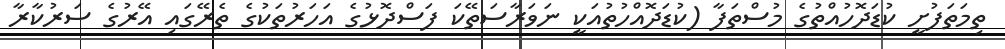
ތިމަތަފުށީ ކުޑަދޮހުއްތުގެ މުސްތަފާ (ކުޑަދޮއްހުތުއަކީ ނަވަރާސަތޭކަ ފަސްދޮޅުގެ އަހަރުތަކުގެ ތެރޭގައި އޭރުގެ ސަރުކާރާ